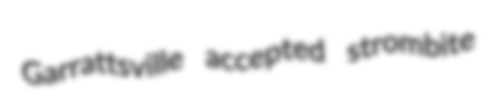
Garrattsville accepted strombite